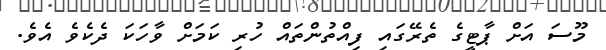
މޫސަ އަށް ޕާޓީގެ ތެރޭގައި ފިއްތުންތައް ހުރި ކަމަށް ވާހަކަ ދެކެވެ އެވެ.